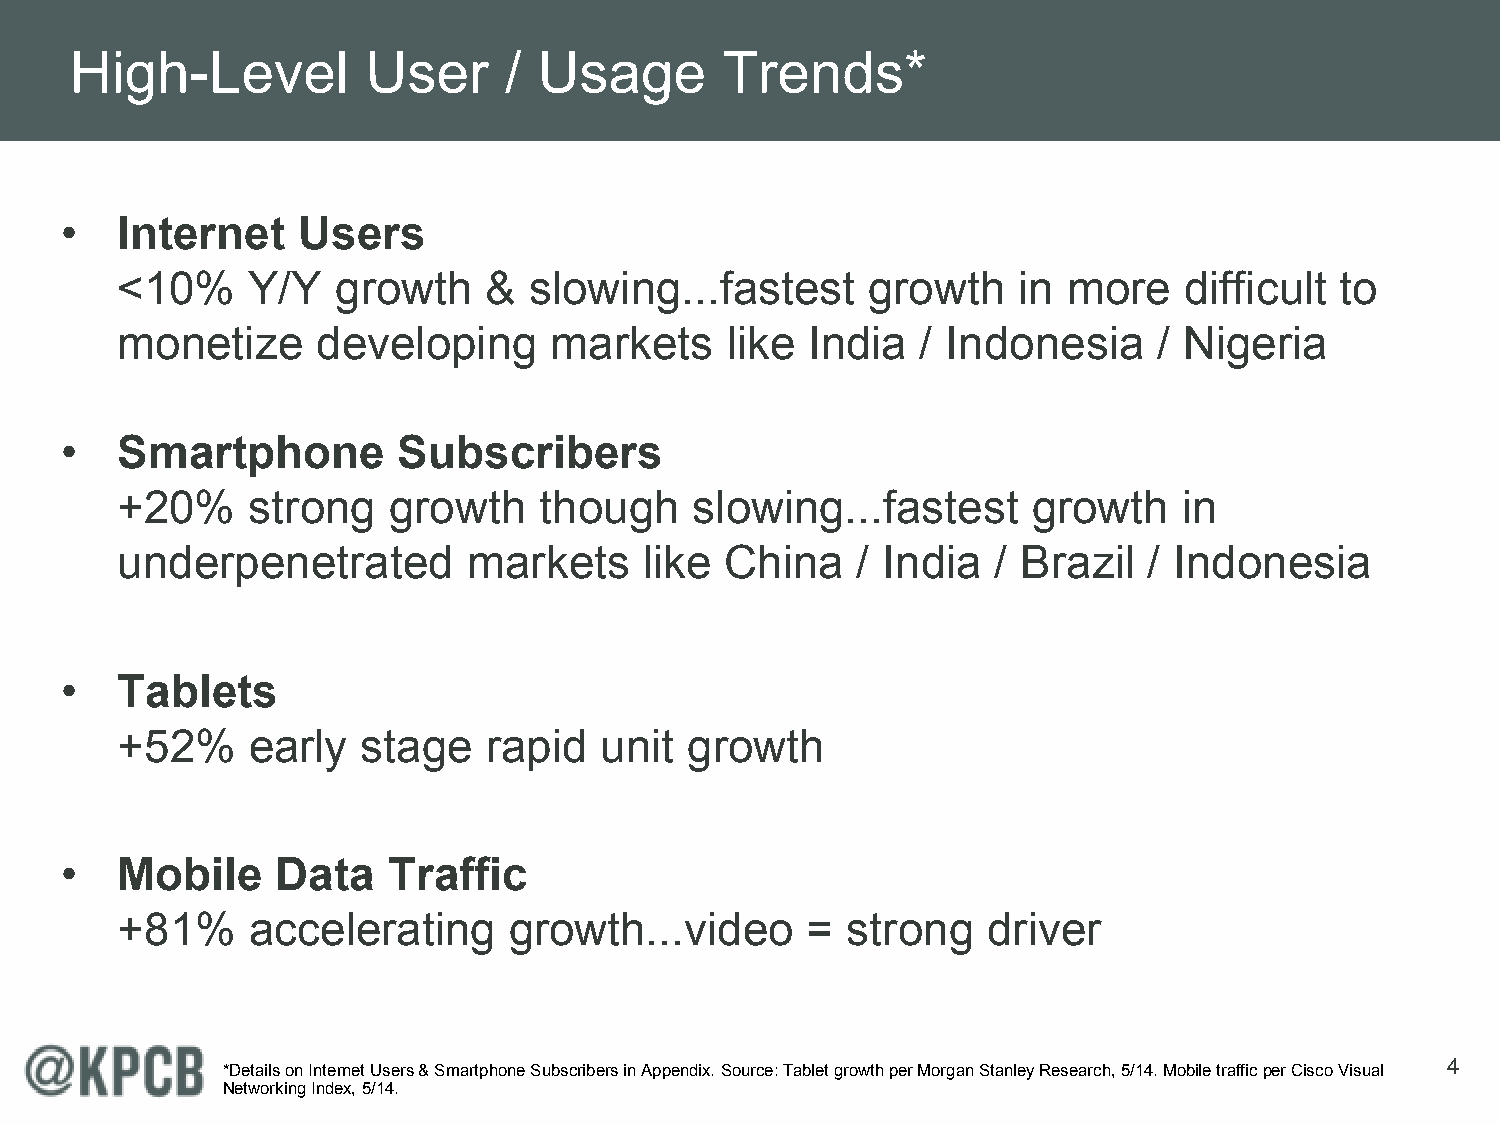
High-Level         User     /  Usage       Trends*
 •   Internet    Users
 <10%    Y/Y   growth    &  slowing...fastest     growth    in  more   difficult  to
 monetize     developing     markets     like India   / Indonesia     / Nigeria
 •   Smartphone        Subscribers
 +20%    strong    growth    though    slowing...fastest     growth    in
 underpenetrated        markets     like China    / India  / Brazil  / Indonesia
 •   Tablets
 +52%    early   stage   rapid   unit growth
 •   Mobile    Data    Traffic
 +81%    accelerating      growth...video     =  strong   driver
 4
 *Details on Internet Users & Smartphone Subscribers in Appendix. Source: Tablet growth per Morgan Stanley Research, 5/14. Mobile traffic per Cisco Visual
 Networking Index, 5/14.